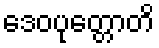
ဒေဝပုတ္တောတိ